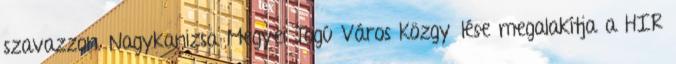
szavazzon. Nagykanizsa Megyei Jogú Város Közgyűlése megalakítja a HIR